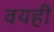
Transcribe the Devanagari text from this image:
वयही